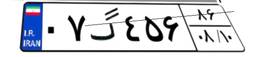
۰۷گ۴۵۶۸۶